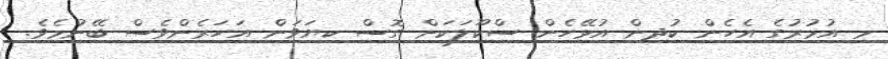
މި އުމުރުގެ އެހެން ކުދިން އުޅޭހެން ސްކޫލަކަށް ގޮސް ކިޔަވަން އަހަރެންވެސް ބޭނުމެވެ.